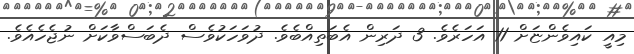
މިއީ ކައިވެންޏަށް 11 އަހަރެވެ. 3 ދަރިން އެބަތިއްބެވެ. ދުވަހަކުވެސް ދެބަސްވާކަށް ނުޖެހެއެވެ.